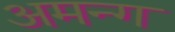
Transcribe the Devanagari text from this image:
अमन्ग